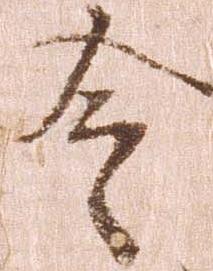
令